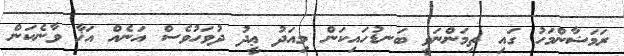
ރަމަޟާންމަހު ގައި ތިމަންނަވީ ބަނޑުހައިކަން މިއަދު ޢީދު ދުވަހުވެސް އަނެއް އަޚާ ވާނެކަން